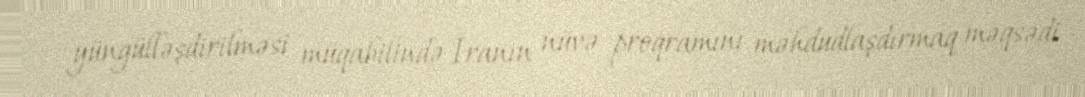
yüngülləşdirilməsi müqabilində İranın nüvə proqramını məhdudlaşdırmaq məqsədi